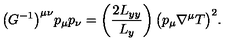
\bigl ( G ^ { - 1 } \bigr ) ^ { \mu \nu } p _ { \mu } p _ { \nu } = \left( \frac { 2 L _ { y y } } { L _ { y } } \right) \bigl ( p _ { \mu } \nabla ^ { \mu } T \bigr ) ^ { 2 } .